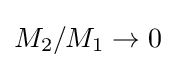
M_{2}/M_{1}\to 0